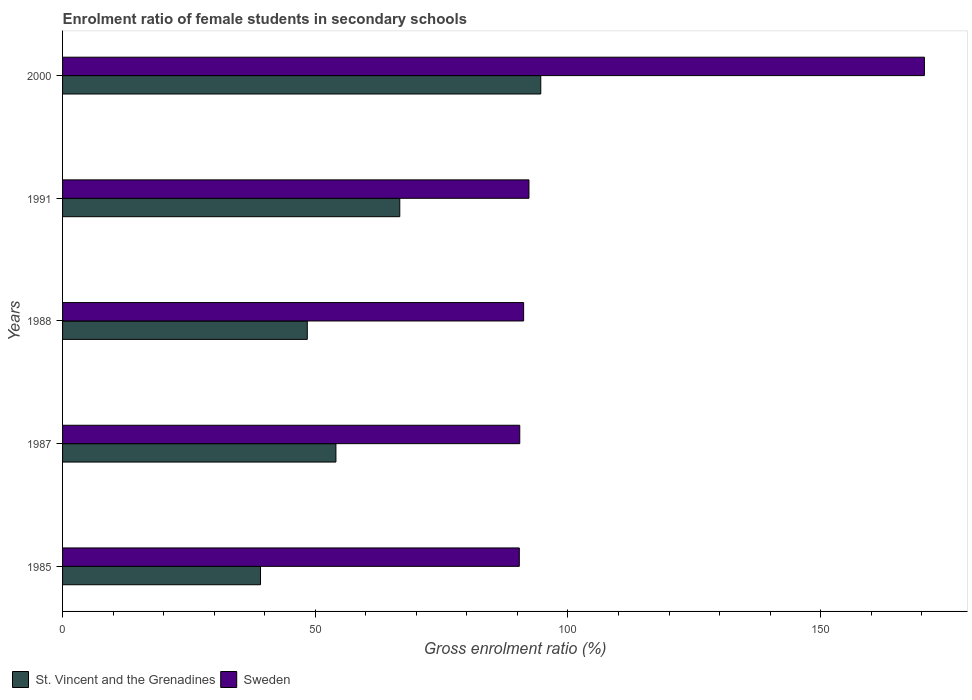
| Years | St. Vincent and the Grenadines | Sweden |
 | --- | --- | --- |
 | 1985 | 39.2 | 90.4 |
 | 1987 | 54.1 | 90.5 |
 | 1988 | 48.4 | 91.2 |
 | 1991 | 66.7 | 92.3 |
 | 2000 | 94.6 | 171 |